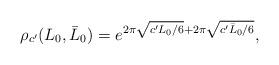
\begin{align*}\rho_{c'}(L_0,\bar L_0)=e^{2\pi \sqrt{c'L_0/6} + 2\pi \sqrt{c'\bar L_0/6}},\end{align*}